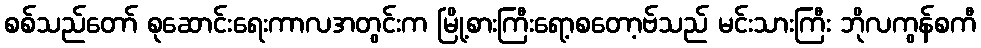
စစ်သည်တော် စုဆောင်းရေးကာလအတွင်းက မြို့စားကြီးရော့စတော့ဗ်သည် မင်းသားကြီး ဘိုလကွန်စကီ